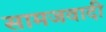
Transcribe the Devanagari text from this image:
सामजवादी